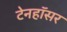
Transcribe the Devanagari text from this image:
टेनहॉसर